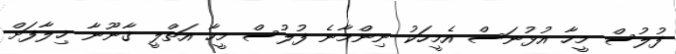
ފުލުސް މީހާ އުޅުނަސް އެމީހަކު ނިންމާނެ ފުލުސް މީހާ އަތްލީ ޤާނޫނާ ޚިލާފަށް